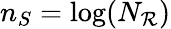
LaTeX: n_{S}=\log(N_{\mathcal{R}})